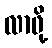
လာဖို့